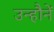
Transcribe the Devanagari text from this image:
उन्हौनें